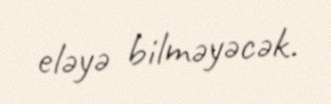
eləyə bilməyəcək.